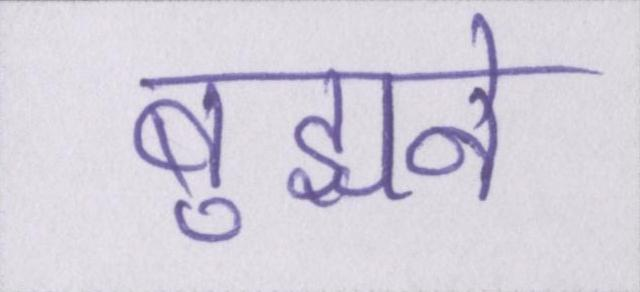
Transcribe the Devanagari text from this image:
बुझने